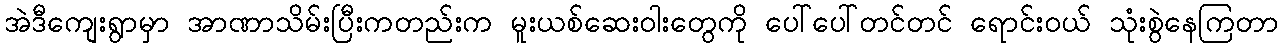
အဲဒီကျေးရွာမှာ အာဏာသိမ်းပြီးကတည်းက မူးယစ်ဆေးဝါးတွေကို ပေါ်ပေါ်တင်တင် ရောင်းဝယ် သုံးစွဲနေကြတာ